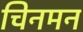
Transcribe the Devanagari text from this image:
चिनमन